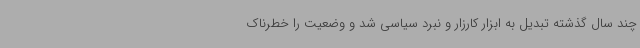
چند سال گذشته تبدیل به ابزار کارزار و نبرد سیاسی شد و وضعیت را خطرناک